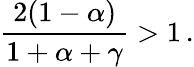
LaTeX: \frac{2(1-\alpha)}{1+\alpha+\gamma}>1\, .